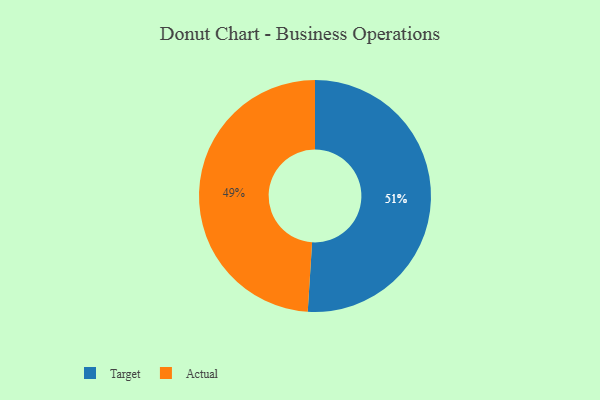
{"axis": {"x": "Category", "y": "Percentage"}, "legend": ["Actual", "Target"], "data": [{"x": "Target", "y": 51, "type": "Target"}, {"x": "Actual", "y": 49, "type": "Actual"}]}